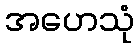
အဟေသုံ